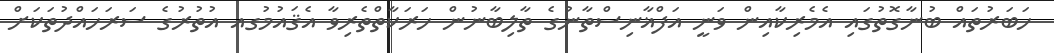
ހަބަރުތައް ބުނާގޮތުގައި އެމެރިކާއިން ވަނީ އަފްޣާނިސްތާނުގެ ތާލިބާނުން ހަރަކާތްތެރިވާ އެޤައުމުގއ އުތުރުގެ ސަރަހައްދުތަކަށް